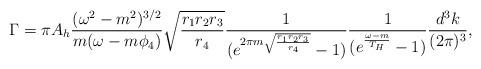
LaTeX: \begin{align*}\Gamma = \pi A_{h} \frac{(\omega^2 - m^2)^{3/2}}{m (\omega - m\phi_{4})} \sqrt{\frac{r_{1}r_{2}r_{3}}{r_{4}}}\frac{1}{(e^{2\pi m \sqrt{\frac{r_{1}r_{2}r_{3}}{r_{4}}}} - 1)} \frac{1}{(e^{\frac{\omega - m}{T_{H}}} - 1)} \frac{d^3k}{(2\pi)^3},\end{align*}